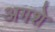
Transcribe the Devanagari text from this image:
अगशे